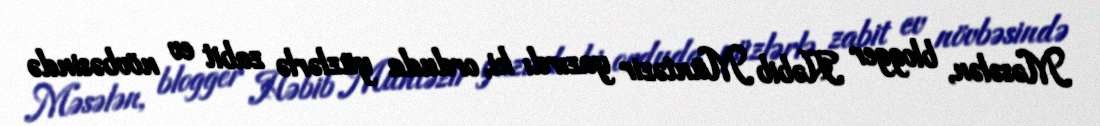
Məsələn, blogger Həbib Müntəzir yazırdı ki, orduda yüzlərlə zabit ev növbəsində